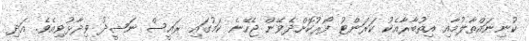
ކުނިނައްތާލުމާއި އިތުބާރާއެކު ކަރަންޓު ފޯރުކޮށްދެވޭން ޖެހޭނެ ކަމުގައި ރައީސް ނަޝީދު ވިދާޅުވިއެވެ. އަދި